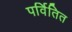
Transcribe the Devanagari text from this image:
पर्वितित